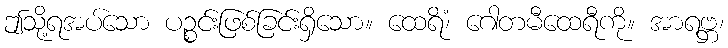
ဤသို့ရအပ်သော ပဉ္စင်းဖြစ်ခြင်းရှိသော။ ထေရိံ၊ ဂေါတမီထေရီကို။ အာရဗ္ဘ၊